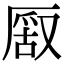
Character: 𠪔